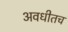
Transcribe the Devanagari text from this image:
अवधीतच